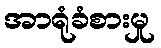
အာရုံခံစားမှု